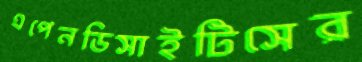
এপেনডিসাইটিসের